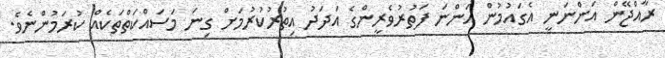
ރާއްޖޭން އަަންނަނީ އެގައުމުން އަންނަ ފަތުރުވެރީންގެ އަދަދު އިތުރުކުރުމަށް ގިނަ މަސައްކަތްތަކެއް ކުރަމުންނެވެ.